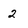
Character: 2